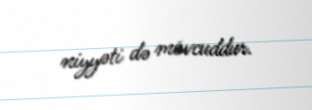
niyyəti də mövcuddur.